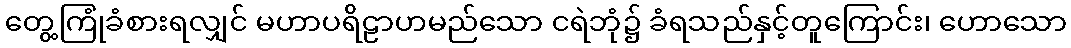
တွေ့ကြုံခံစားရလျှင် မဟာပရိဠာဟမည်သော ငရဲဘုံ၌ ခံရသည်နှင့်တူကြောင်း၊ ဟောသော